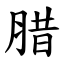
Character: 腊